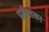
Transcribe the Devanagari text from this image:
प्रदेशका